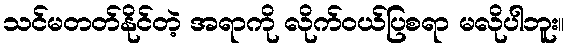
သင်မတတ်နိုင်တဲ့ အရာကို လိုက်ဝယ်ပြစရာ မလိုပါဘူး။